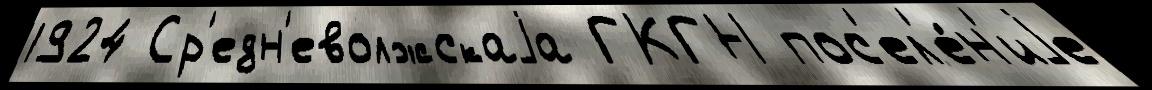
1924 Ср'едн'еволжскаjа ГКГН пос'ел'е́н'иjе